Annual report on the health of the army in India
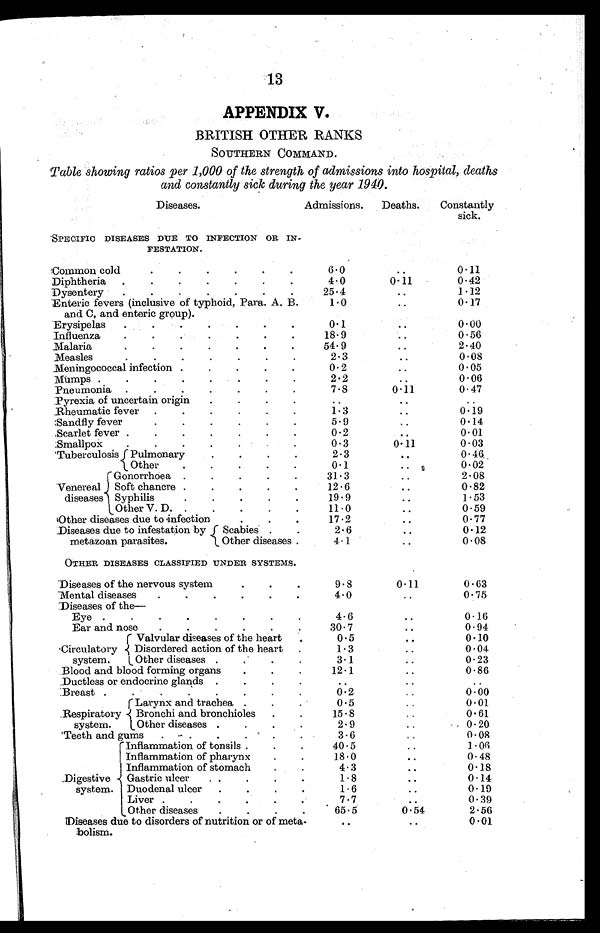
13
APPENDIX V.
BRITISH OTHER RANKS
SOUTHERN COMMAND.
Table showing ratios per 1,000 of the strength of admissions into hospital, deaths
and constantly sick during the year 1940.
Diseases.
Admissions.
Deaths.
Constantly
sick.
SPECIFIC DISEASES DUE TO INFECTION OR IN-
F E S T A T I O N .
Common cold.
. . . . .
6. 0
..
0.11
Diphtheria
. . . . . . .
4.0
0.11
0.42
Dysentery
. . . . . . .
25.4
..
1.12
Enteric fevers (inclusive of typhoid, Para. A. B.
and C, and enteric group).
1.0
..
0.17
Erysipelas
. . . . . . .
0.1
..
0.00
Influenza
. . . . . . .
18.9
..
0.56
Malaria
. . . . . .
54. 9
..
2.40
Measles
. . . . . .
2. 3
..
0.08
Menin gococcal infection . . . . .
0.
.
0.05
Mumps .
. . . . . .
2.2
..
0.06
Pneumonia . . . . . . .
7.8
0.11
0.47
Pyrexia of uncertain origin
. . . .
. .
..
. .
Rheumatic fever
. . . . . .
1.3
..
0.19
Sandfly fever. . . . .
5 . 9
..
0.14
Scarlet fever . . . . . . .
0.2
..
0.01
Smallpox
. . . .. .
0.3
0.11
0.03
'Tuberculosis Pulmonary
. . . .
2.3
..
0.46
Other
. . . . .
0.1
..
0.02
Gonorrhoea . . . . .
31.3
..
2.08
Venereal Soft chancre . . . . .
12.6
..
0.82
diseases Syphilis.
.
.
19.9
..
1.53
Other V. D. . . . .
11.0
..
0.59
(Other diseases due to infection.
. .
1 7 . 2
..
0.77
Diseases due to infestation by
Scabies . .
2.6
..
0.12
metazoan parasites.
Other diseases .
4. 1
..
0.08
OTHER DISEASES CLASSIFIED UNDER SYSTEMS.
Diseases of the nervous system.
. .
9. 8
0.11
0.63
Mental diseases
. . . . . .
4.0.
..
0.75
Diseases of the-
Eye . . . . . . . .
4 . 6
..
0.16
Ear and nose
. . . . .
30.7
..
0.94
Valvular diseases of the heart
.
0.5
..
0.10
Circulatory Disordered action of the heart
.
1 . 3
..
0.04
system.
Other diseases . . . .
3.1
..
0.23
Blood and blood forming organs
. . .
12.1
..
0.86
Ductless or endocrine glands . . . .
. .
..
. .
Breast . . . . . . . .
0.2
..
0.00
Larynx and trachea . . .
0.5
..
0.01
.Respiratory Bronchi and bronchioles
. .
15.8
..
0.61
system.
Other diseases . . . .
2.9
..
0.20
Teeth and gums
. . . . . .
3.6
..
0.08
Inflammation of tonsils . .
40.5
. .
1.06
Inflammation of pharynx
. .
18.0
..
0.48
Inflammation of stomach
. .
4.3
..
0.18
Digestive
Gastric ulcer
, . . . .
1.8
..
0.14
system. Duodenal ulcer
1.6
..
0.19
Liver
7.7
..
0.39
Other diseases
. . . .
65. 5
0.54
2.56
Diseases due to disorders of nutrition or of meta-
bolism.
. .
..
0. 01